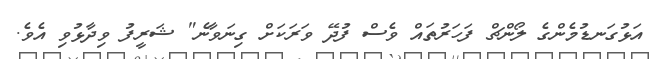
އަޅުގަނޑުމެންގެ ލޯންޗް ފަހަރުތައް ވެސް ފުދޭ ވަރަކަށް ގިނަވާނެ" ޝަރީފު ވިދާޅުވި އެވެ.